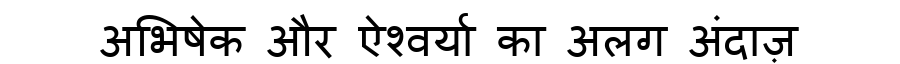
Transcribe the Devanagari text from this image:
अभिषेक और ऐश्वर्या का अलग अंदाज़